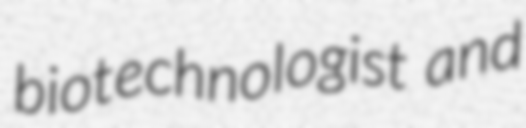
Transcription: biotechnologist and